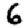
Digit: 6